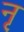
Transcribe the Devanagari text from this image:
नृ